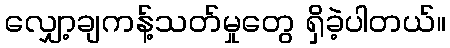
လျှော့ချကန့်သတ်မှုတွေ ရှိခဲ့ပါတယ်။